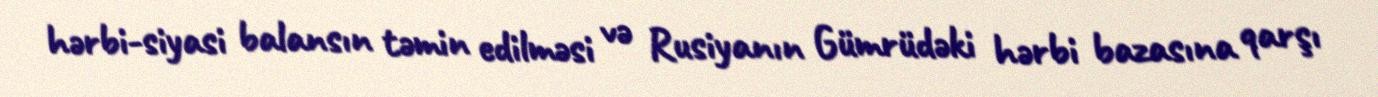
hərbi-siyasi balansın təmin edilməsi və Rusiyanın Gümrüdəki hərbi bazasına qarşı